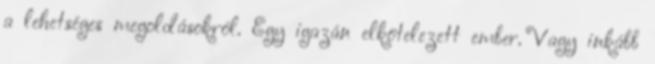
a lehetséges megoldásokról. Egy igazán elkötelezett ember. Vagy inkább